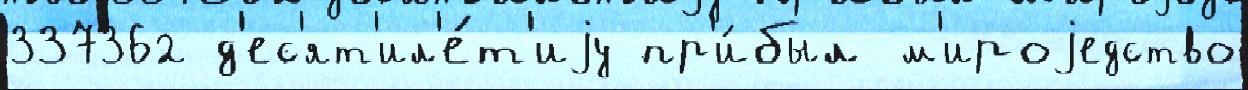
337362 д'ес'ят'ил'е́т'иjу пр'и́был м'ироjедство